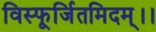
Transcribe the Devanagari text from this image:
विस्फूर्जितमिदम्।।